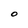
Character: o